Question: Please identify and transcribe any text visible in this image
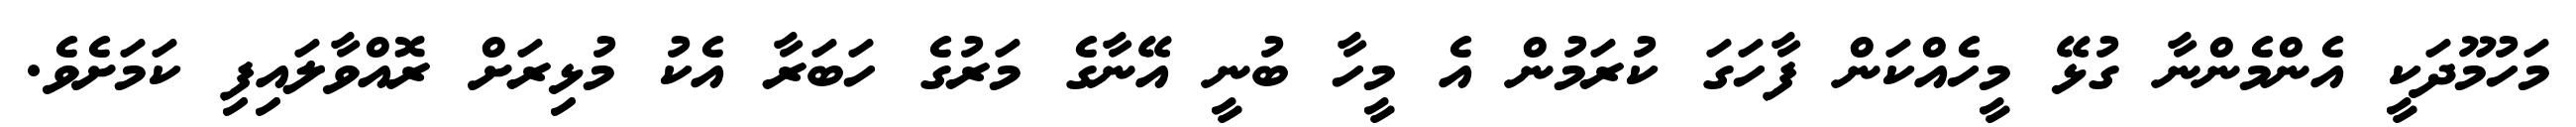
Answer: މަހުމޫދަކީ އެންމެންނާ ގުޅޭ މީހެއްކަން ފާހަގަ ކުރަމުން އެ މީހާ ބުނީ އޭނާގެ މަރުގެ ހަބަރާ އެކު މުޅިރަށް ރޮއްވާލައިފި ކަމަށެވެ.